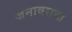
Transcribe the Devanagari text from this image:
जनावराचा